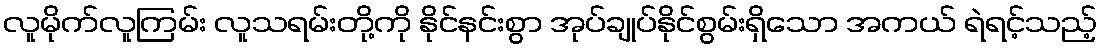
လူမိုက်လူကြမ်း လူသရမ်းတို့ကို နိုင်နင်းစွာ အုပ်ချုပ်နိုင်စွမ်းရှိသော အကယ် ရဲရင့်သည့်